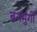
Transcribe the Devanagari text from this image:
बनमुर्गी